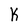
Character: k